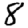
Digit: 8